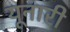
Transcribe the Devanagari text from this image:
यूनारी